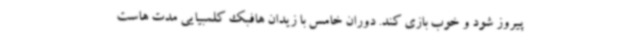
پیروز شود و خوب بازی کند. دوران خامس با زیدان هافبک کلمبیایی مدت هاست